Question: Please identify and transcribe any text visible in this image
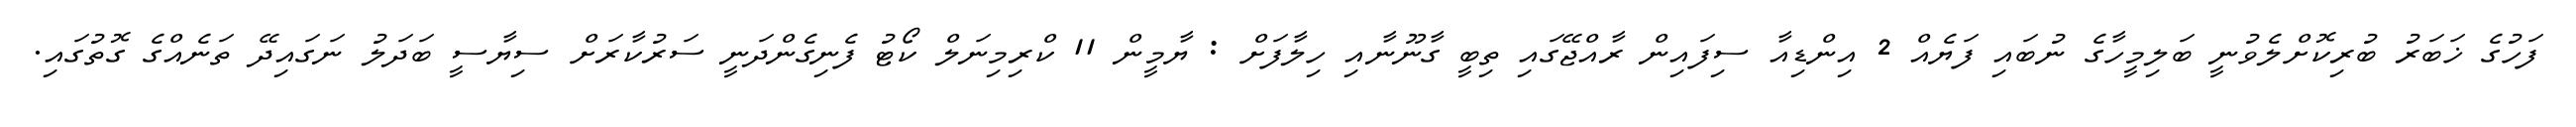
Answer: ފަހުގެ ޚަބަރު ބުރިކޮށްލެވުނީ ބަލިމީހާގެ ނުބައި ފަޔެއް 2 އިންޑިއާ ސިފައިން ރާއްޖޭގައި ތިބީ ގާނޫނާއި ހިލާފަށް : ޔާމީން 11 ކްރިމިނަލް ކޯޓު ފެނިގެންދަނީ ސަރުކާރަށް ސިޔާސީ ބަދަލު ނަގައިދޭ ތަނެއްގެ ގޮތުގައި.